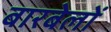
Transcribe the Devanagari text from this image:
बारबेलों